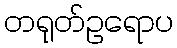
တရုတ်ဥရောပ